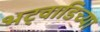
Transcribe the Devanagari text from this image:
भट्वाडिच्या